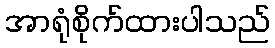
အာရုံစိုက်ထားပါသည်